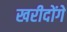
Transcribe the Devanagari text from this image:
खरीदोंगे